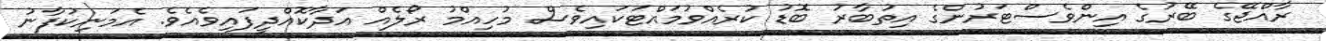
ރާއްޖޭގެ ބޭރުގެ އިންވެސްޓަރުންގެ އިތުބާރު ބޮޑު ކުރެއްވުމައްޓަކައިވެސް މުހިއްމު ރޯލެއް އަދާކޮއްދީފައިވެއެވެ. އެމަނިކުފާނު